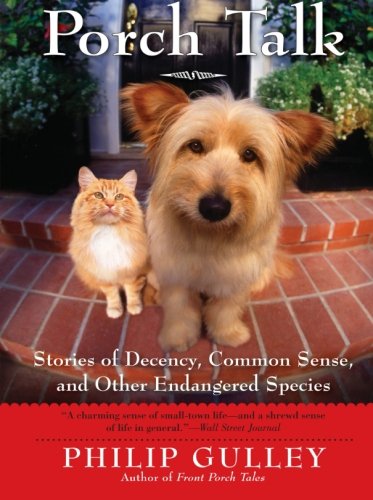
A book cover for Porch Talk: Stories of Decency, Common Sense, and Other Endangered Species; Philip Gulley; Christian Books & Bibles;